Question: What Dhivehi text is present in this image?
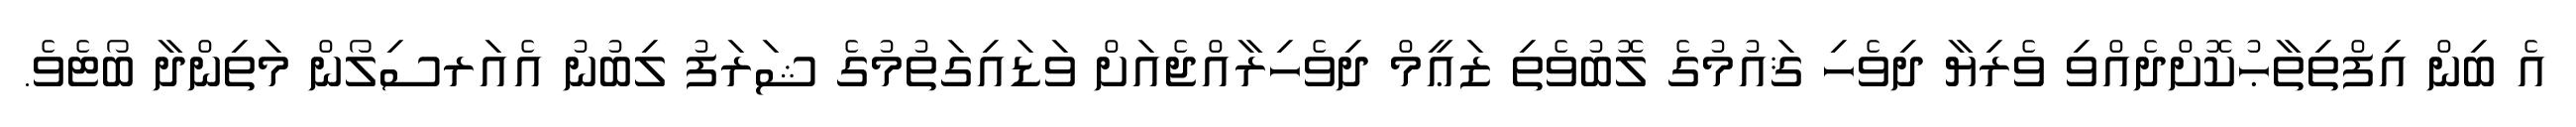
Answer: އެ ބިން އިފްތިތާޙުކޮށްދެއްވި ވެރިޔާ ދިވެހި ޤައުމުގެ ލޮބުވެތި ޒަޢީމް ދިވެހިރާއްޖެއަށް ވަޑައިގަތުމުގެ ޝަރަފު ލިބުނު އެއަރސިލޯން މަތިންދާ ބޯޓެވެ.